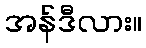
အန်ဒီလား။